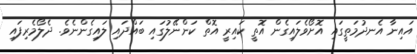
އައިނާ އެނދުމަތީގައި އޮށޯވެލައިގެން އޮތީ ކައިރީ އޮތް ކަންނޭލުގައި ބައްދައި ލައިގެންނެވެ. ދެލޯމެރިފައި